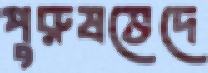
পুরুষভেদে